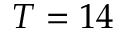
T = 1 4